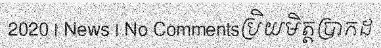
2020 | News | No Commentsប្រិយមិត្តប្រាកដ